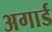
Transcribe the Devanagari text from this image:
अगार्ड